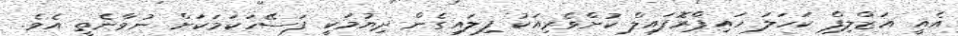
އެއީ އަޒްލިފް ކަހަލަ ހައިޕްރޮފައިލް ކުށްވެރިއަކު ފިލައިގެން ދިޔުމަކީ ފަސޭހަކަމަކަށް ނުވާނެތީ އެވެ.